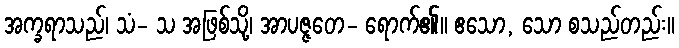
အက္ခရာသည်၊ သံ- သ အဖြစ်သို့၊ အာပဇ္ဇတေ- ရောက်၏။ ဧသော, သော စသည်တည်း။